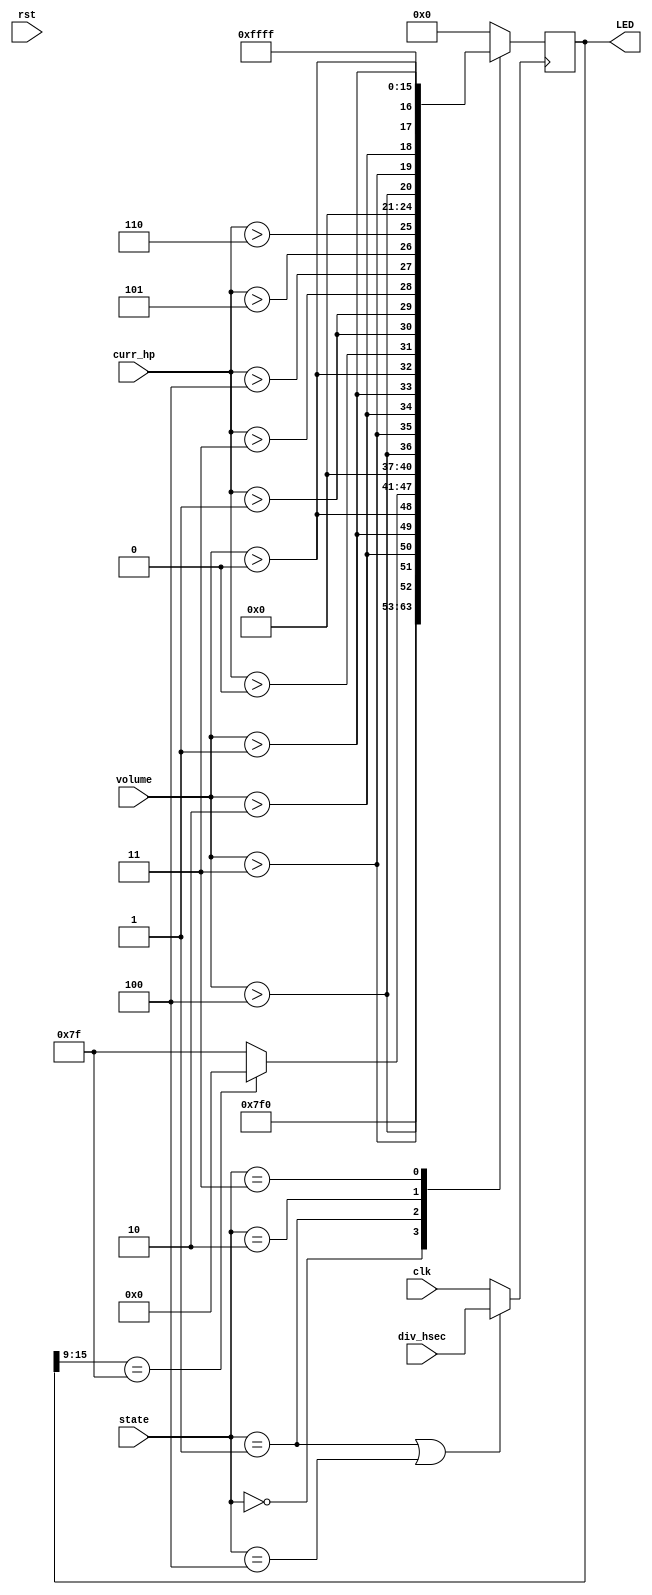
module Led (
    input rst,
	input clk,
    input div_hsec,
    input [2:0] state,
    input [2:0] curr_hp,
    input [2:0] volume,
    output reg [15:0] LED
);
    parameter INIT = 3'b000;
    parameter WAIT = 3'b001;
    parameter GAME = 3'b010;
    parameter WIN  = 3'b011;
    parameter LOSE = 3'b100;

    wire led_clk;

    assign led_clk = (((state == WAIT) || (state == LOSE)) ? div_hsec : clk);

    always @(posedge led_clk) begin
        case (state)
            INIT: begin 
                LED <= {
                    7'b1111111, 4'b0000,
                    (volume > 4), (volume > 3), (volume > 2), (volume > 1), (volume > 0)
                };
            end
            WAIT: begin 
                LED <= {
                    ((LED[15:9] == 7'b1111111) ? 7'b0000000 : 7'b1111111), 4'b0000,
                    (volume > 4), (volume > 3), (volume > 2), (volume > 1), (volume > 0)
                }; 
            end
            GAME: begin 
                LED <= {
                    (curr_hp > 0), (curr_hp > 1), (curr_hp > 1), (curr_hp > 3), 
                    (curr_hp > 4), (curr_hp > 5), (curr_hp > 6), 4'b0000,
                    (volume > 4), (volume > 3), (volume > 2), (volume > 1), (volume > 0)
                };
            end
            WIN: begin
                LED <= 16'b1111111111111111;
            end
            LOSE: begin
                LED <= 16'b0000000000000000;
            end
            default: LED <= 16'b0000000000000000;
        endcase
    end
    
endmodule